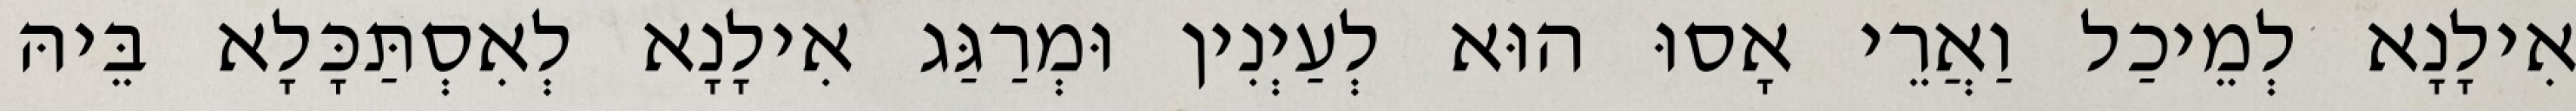
אִילָנָא לְמֵיכַל וַאֲרֵי אָסוּ הוּא לְעַיְנִין וּמְרַגַּג אִילָנָא לְאִסְתַּכָּלָא בֵּיהּ